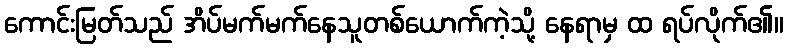
ကောင်းမြတ်သည် အိပ်မက်မက်နေသူတစ်ယောက်ကဲ့သို့ နေရာမှ ထ ရပ်လိုက်၏။